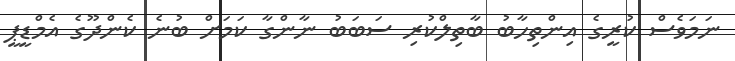
ނަމަވެސް ކުރީގެ އިންތިހާބު ބާތިލްކުރި ސަބަބު ނާންގާ ކަމަށް ބުނެ ކެންދޫގެ އެމްޑީޕީ